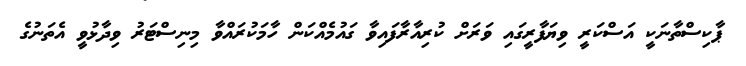
ޕާކިސްތާނަކީ އަސްކަރީ ވިޔަފާރީގައި ވަރަށް ކުރިއާރާފައިވާ ގައުމެއްކަން ހާމަކުރައްވާ މިނިސްޓަރު ވިދާޅުވީ އެތަނުގެ